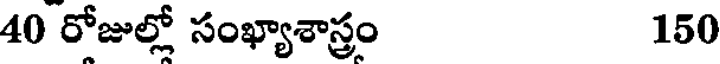
40 రోజుల్లో సంఖ్యాశాస్త్రం 150